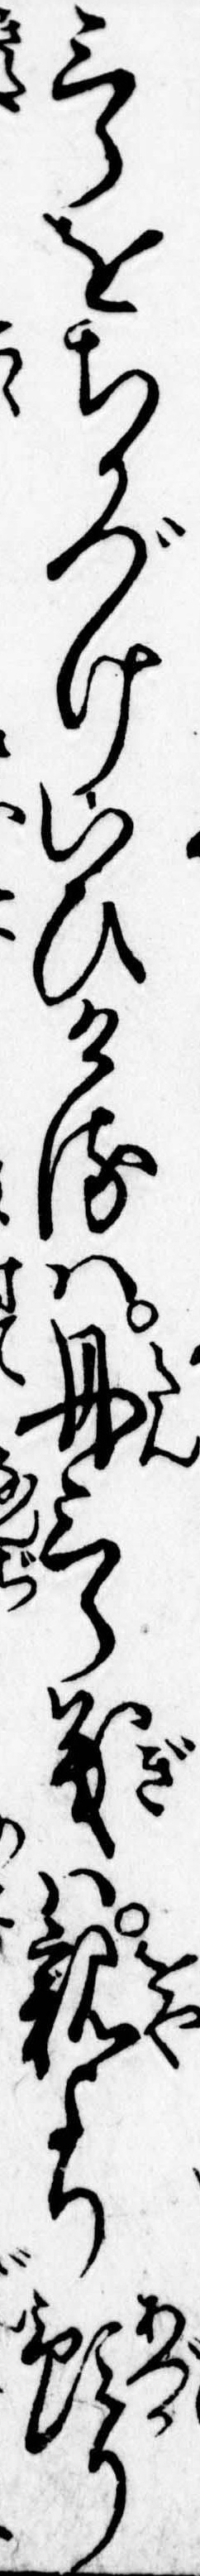
三郎をちかづけいひけるは丹三郎義は親より預り